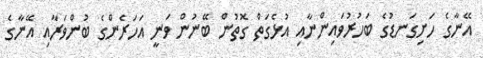
އޭނާގެ ހަށިގަނޑުގެ ބަހުރުވައިންނާއި އުޅެގަތް ގޮތުން ބޭނުން ވަނީ އަހަރެންގެ ބުންވަރާއި އޭނާގެ